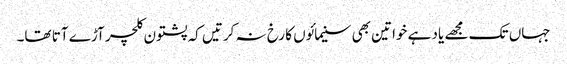
جہاں تک مجھے یاد ہے خواتین بھی سنیمائوں کا رخ نہ کرتیں کہ پشتون کلچر آڑے آتا تھا۔